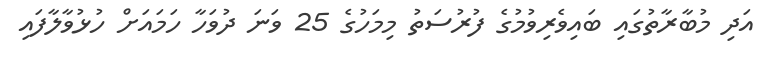
އަދި މުބާރާތުގައި ބައިވެރިވުމުގެ ފުރުސަތު މިމަހުގެ 25 ވަނަ ދުވަހާ ހަމައަށް ހުޅުވާލާފައި